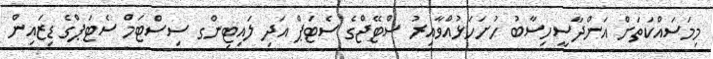
މިމަސައްކަތަށް އަންދާސީހިސާބު ހުށަހަޅުއްވާއިރު ސްޓޭޖްގެ ސެޓަޕް އަދި ލައިޓިންގ ސިސްޓަމް ސެޓަޕްގެ ޑިޒައިން